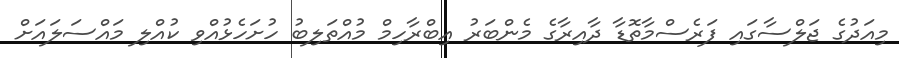
މިއަދުގެ ޖަލްސާގައި ފަރެސްމާތޮޑާ ދާއިރާގެ މެންބަރު އިބްރާހިމް މުއްތަލިބު ހުށަހެޅުއްވި ކުއްލި މައްސަލައަށް